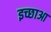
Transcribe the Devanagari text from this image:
इच्छाआ